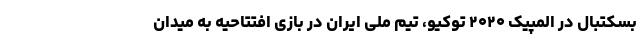
بسکتبال در المپیک ۲۰۲۰ توکیو، تیم ملی ایران در بازی افتتاحیه به میدان